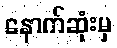
နောက်ဆုံးမှ